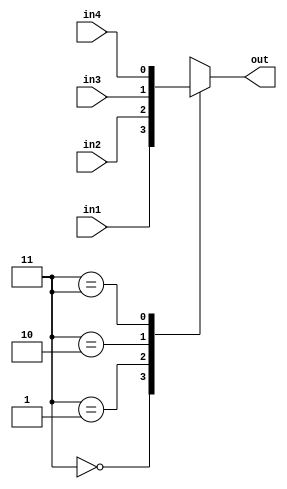
`timescale 1ns / 1ps
//////////////////////////////////////////////////////////////////////////////////
// Company: 
// Engineer: 
// 
// Design Name: 
// Module Name: mux4_1
// Project Name: 
// Target Devices: 
// Tool Versions: 
// Description: 
// 
// Dependencies: 
// 
// Revision:
// Revision 0.01 - File Created
// Additional Comments:
// 
//////////////////////////////////////////////////////////////////////////////////


module mux4_1(out, in1, in2, in3, in4);
input in1, in2, in3, in4;
output out;
reg out;
wire in1,in2,in3,in4,s0,s1;
always@ (*)
    case ({s0, s1})
    2'b00:out = in1;
    2'b01:out = in2;
    2'b10:out = in3;
    2'b11:out = in4;
    default:out = 2'bx;
    endcase;
endmodule